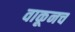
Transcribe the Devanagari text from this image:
वाकूनच